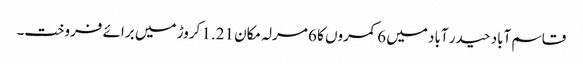
قاسم آباد حیدر آباد میں 6 کمروں کا 6 مرلہ مکان 1.21 کروڑ میں برائے فروخت۔